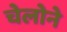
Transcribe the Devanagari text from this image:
चेलोने